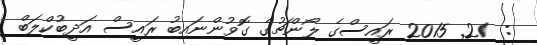
:  21